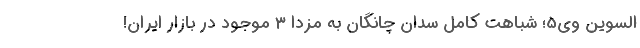
السوین وی5؛ شباهت کامل سدان چانگان به مزدا 3 موجود در بازار ایران!